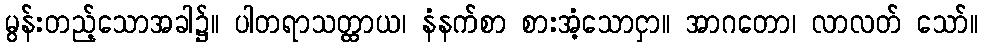
မွန်းတည့်သောအခါ၌။ ပါတရာသတ္ထာယ၊ နံနက်စာ စားအံ့သောငှာ။ အာဂတော၊ လာလတ် သော်။